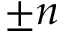
\pm n